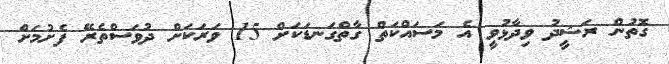
ގޮތުން ރަޝީދު ވިދާޅުވީ އެ މަސައްކަތް ގާތްގަނޑަކަށް 15 ވަރަކަށް ދުވަސްތެރޭ ފެށުމަށް